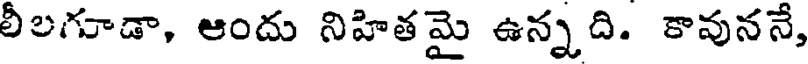
లీలగూడా, ఆందు నిహితమై ఉన్నది. కావుననే,